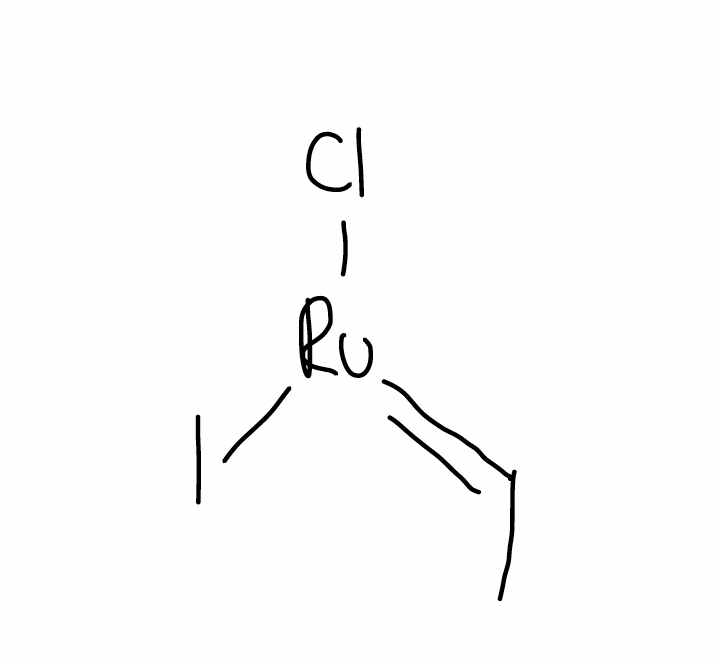
Simplified molecular-input line-entry system (SMILES) notation of the given molecule:
C/C=[Ru](/Cl)\I